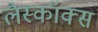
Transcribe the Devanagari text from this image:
लैस्कॉक्स